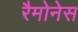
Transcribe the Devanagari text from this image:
रैमोनेस